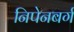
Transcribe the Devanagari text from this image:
निपेनबर्ग